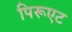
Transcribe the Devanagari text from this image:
पिरूएट